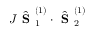
J \hat { \textbf { S } } _ { 1 } ^ { ( 1 ) } \cdot \hat { { \textbf { S } } } _ { 2 } ^ { ( 1 ) }